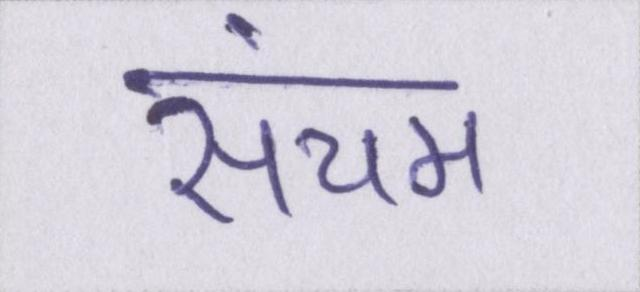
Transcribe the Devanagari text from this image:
संयम